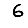
Digit: 6